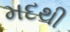
મદથી